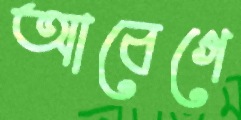
আবেগে